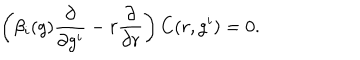
\left( \beta _ { i } ( g ) \frac { \partial } { \partial g ^ { i } } - r \frac { \partial } { \partial r } \right) C ( r , g ^ { i } ) = 0 .